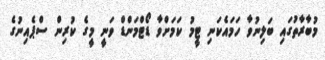
މުބާރާތުގައި ބަލިނުވާ ހަމައެކަނި ޓީމު ކަމަށްވާ ޑޯޓްމަންޑް ވަނީ މީގެ ކުރިން ސްޕެއިނުގެ